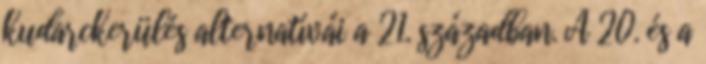
kudarckerülés alternatívái a 21. században. A 20. és a